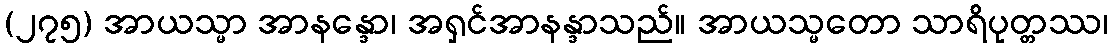
(၂၇၅) အာယသ္မာ အာနန္ဒော၊ အရှင်အာနန္ဒာသည်။ အာယသ္မတော သာရိပုတ္တဿ၊